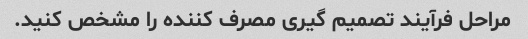
مراحل فرآیند تصمیم گیری مصرف کننده را مشخص کنید.